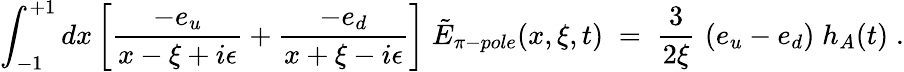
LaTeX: \int_{-1}^{+1}dx\left[{\frac{-e_{u}}{x-\xi+i\epsilon}}+{\frac{-e_{d}}{x+\xi-i\epsilon}}\right]\; \tilde{E}_{\pi-pole}(x,\xi,t)\; =\; {\frac{3}{2\xi}}\, \left(e_{u}-e_{d}\right)\; h_{A}(t)\; .